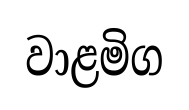
වාළමිග